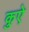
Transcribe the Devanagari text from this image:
कुऐ